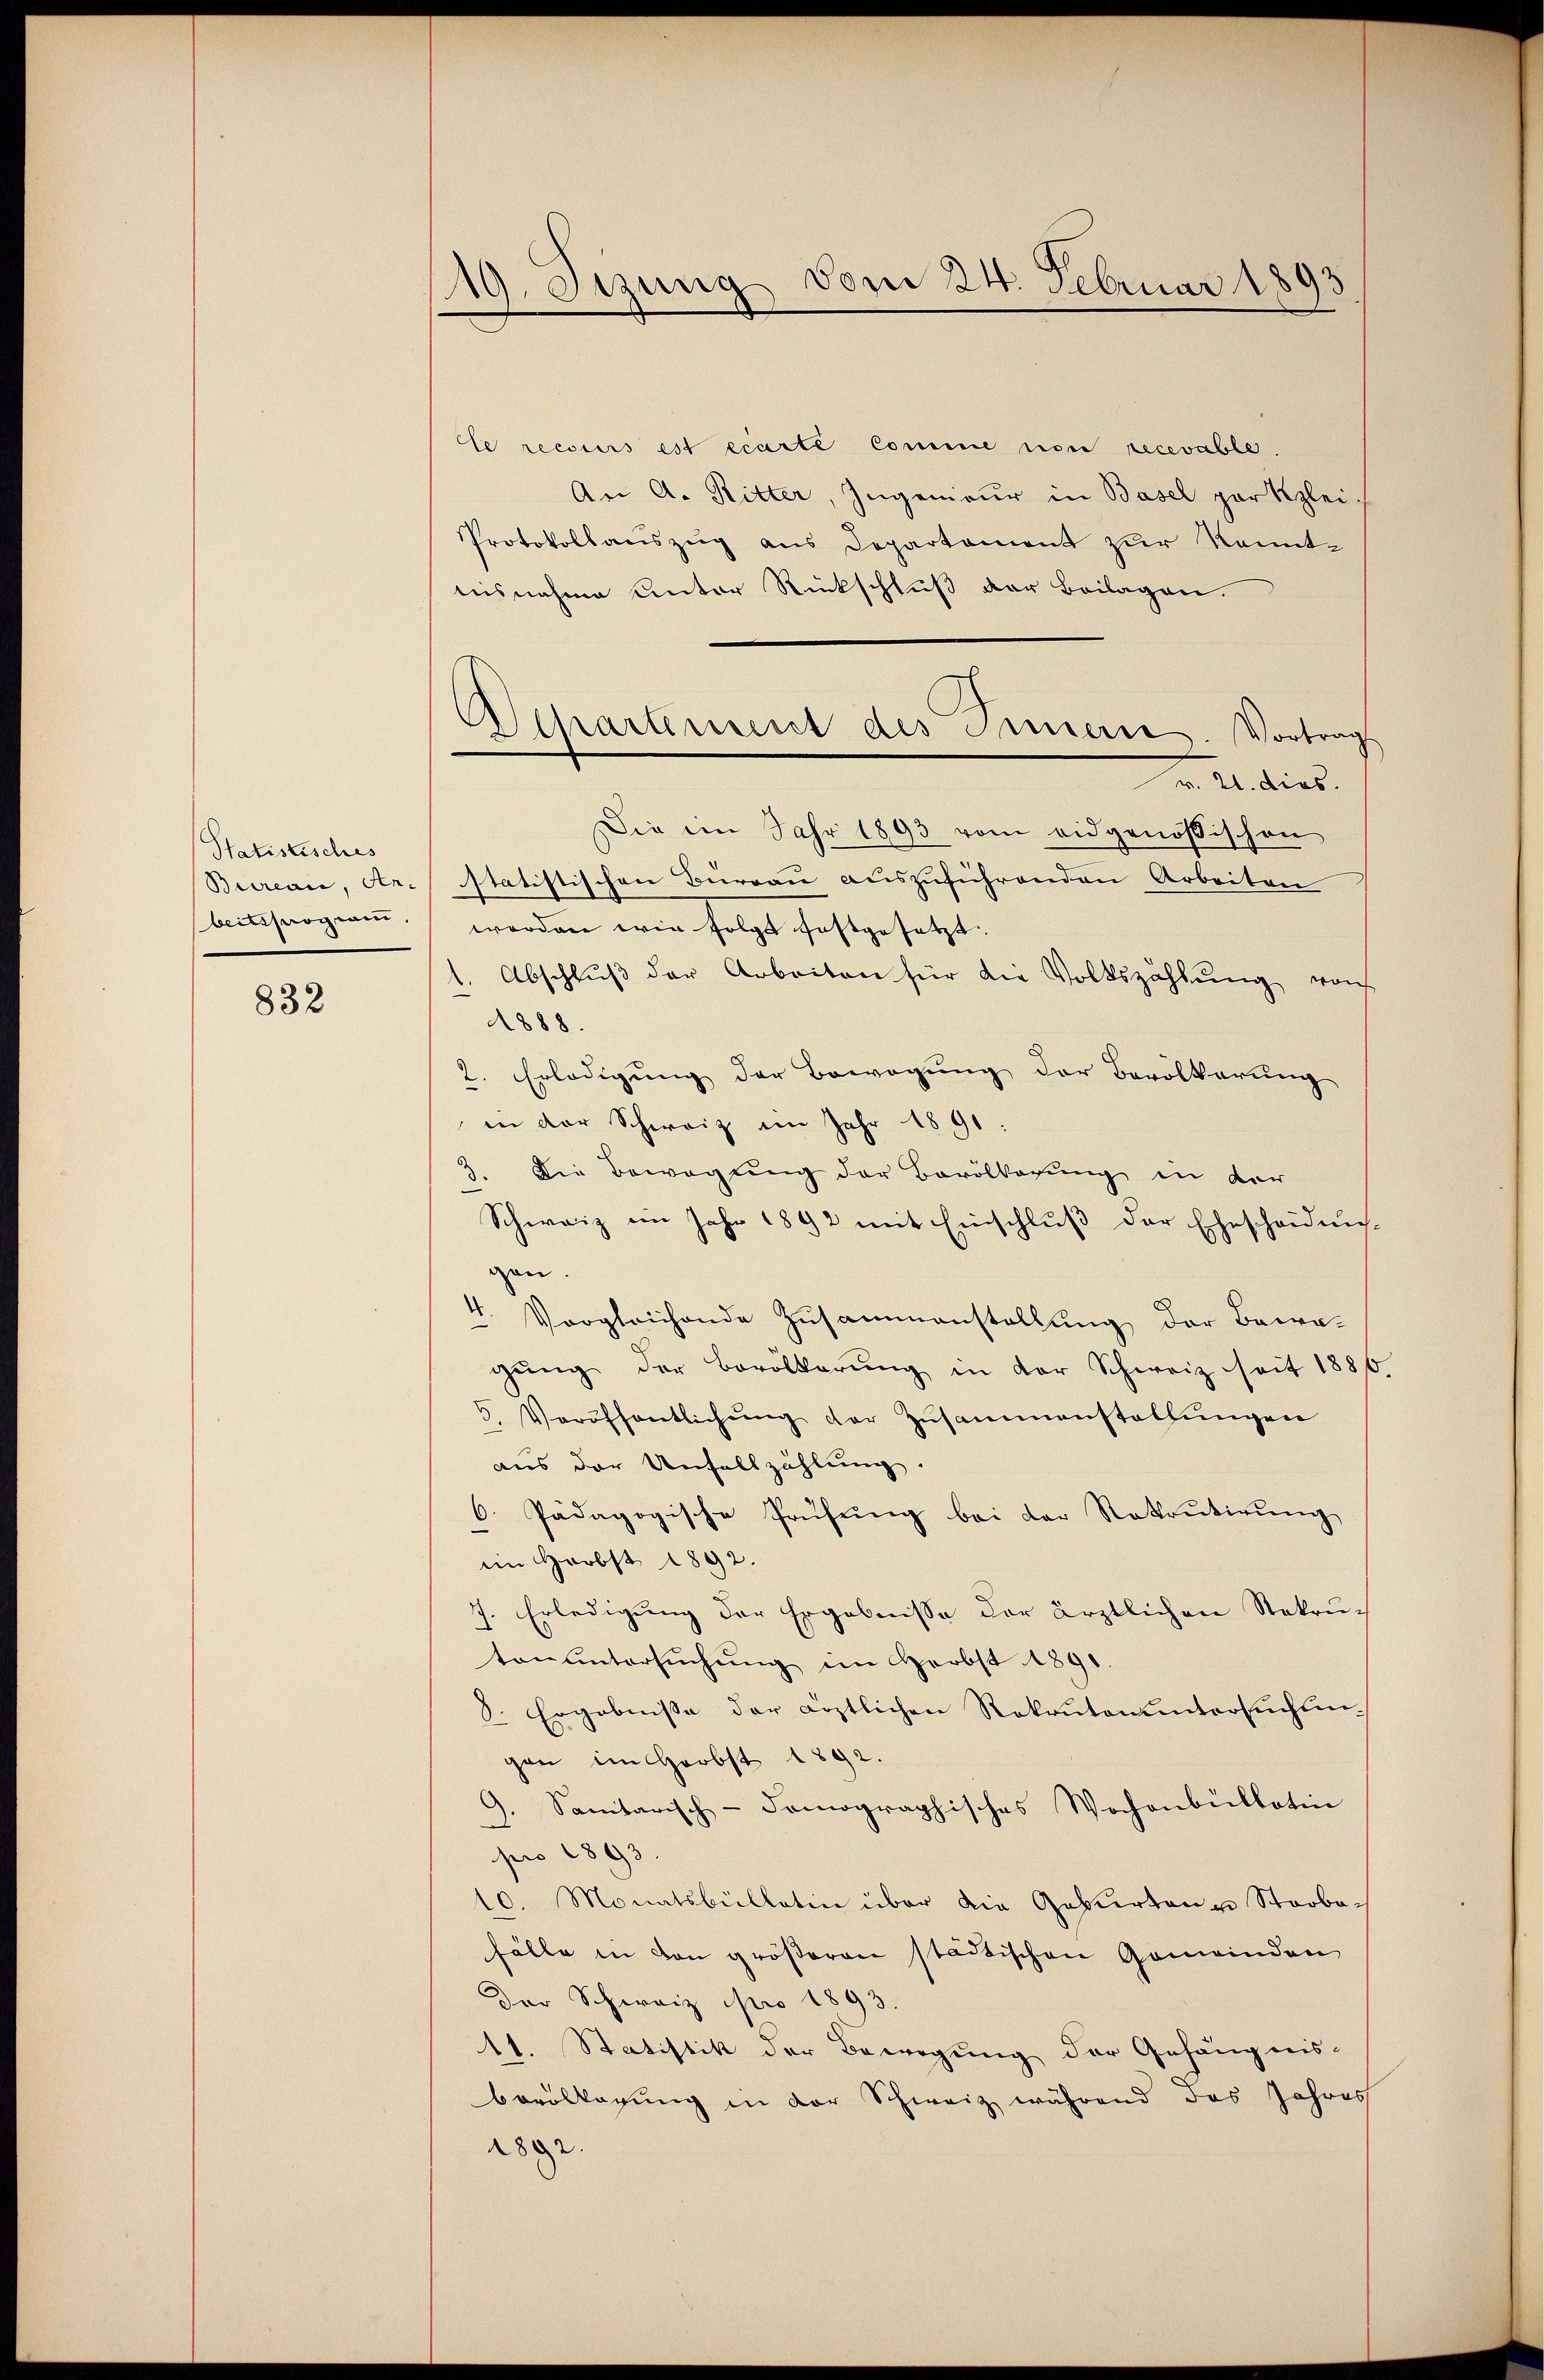
Statistisches

832

le recours est écarte Comme non recevable.
An A. Ritter, Ingenieur in Basel gar klei¬
Protokollauszug aus Departament zur Kennttisnahme unter Rückschluß der Beilagen.
 A dies
Die im Jahr 1893 vom eidgenößischen
Brarcan, dr. statistischen Büreau auszuführenden Arbeiten
beiterogen worden wie folgt festgesetzt.
1. Abschlŭβ der Arbeiten für die Volkszählŭng von
1888.
2. Erledigung der Bewegung der Bevölkerung
in der Schweiz im Jahr 1891:
3. Die Bewegung der Bevölkerung in der
Schweiz im Jahr 1892 mit Einschluß der Ehescheidun-
gen.
4. Vergleichende Zusammenstellung der Bewa-
gŭng der Bevölkerŭng in der Schweiz seit 1880.
2. Veröffentlichŭng der Zŭsammenstellŭngen
aus der Unfallzählung.
6. Pädagogische Prüfŭng bei der Rekrutirŭng
im Herbst 1892.
7. Erledigŭng der Ergebnisse der ärztlichen Rekrutonuntersŭchŭng im Herbst 1891.
8. Ergebnisse der ärztlichen Rekrutenuntersuchtungen im Herbst 1892.
G. Sanitarisch-demographisches Wochenbullatin
pro 1893.
10. Monatsbüllatin über die Geburten u Strobefälle in von größeren städtischen Gemeinden
Der Schweiz pro 1893.
11. Statistik der Bewegung der Gefängnis-
bevölkagung in der Schweiz während das Jahres
2892.

19. Setzung vom 24. Februar 1893

Afpartement des Innern. Vortrag